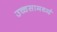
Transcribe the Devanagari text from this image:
उच्चसामर्थ्य